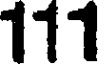
111